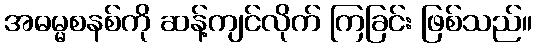
အဓမ္မစနစ်ကို ဆန့်ကျင်လိုက် ကြခြင်း ဖြစ်သည်။